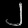
Digit: ၂